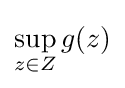
\sup _{z\in Z}g(z)